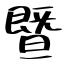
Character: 曁